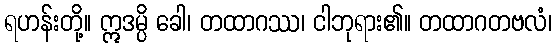
ရဟန်းတို့။ ဣဒမ္ပိ ခေါ၊ တထာဂဿ၊ ငါဘုရား၏။ တထာဂတဗလံ၊